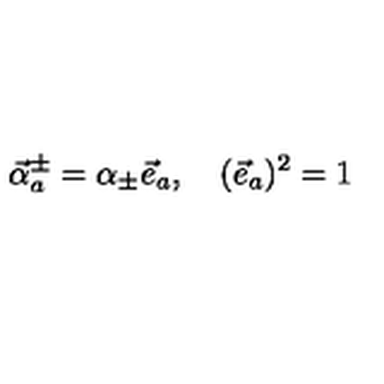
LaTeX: \vec { \alpha } _ { a } ^ { \pm } = \alpha _ { \pm } \vec { e } _ { a } , \quad ( \vec { e } _ { a } ) ^ { 2 } = 1